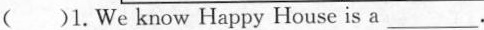
()1.We know Happy House is a ___.